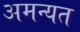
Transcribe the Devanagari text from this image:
अमन्यत